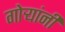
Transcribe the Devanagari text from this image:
गोऱ्यांनी